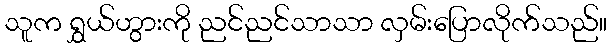
သူက ရွှယ်ဟွားကို ညင်ညင်သာသာ လှမ်းပြောလိုက်သည်။